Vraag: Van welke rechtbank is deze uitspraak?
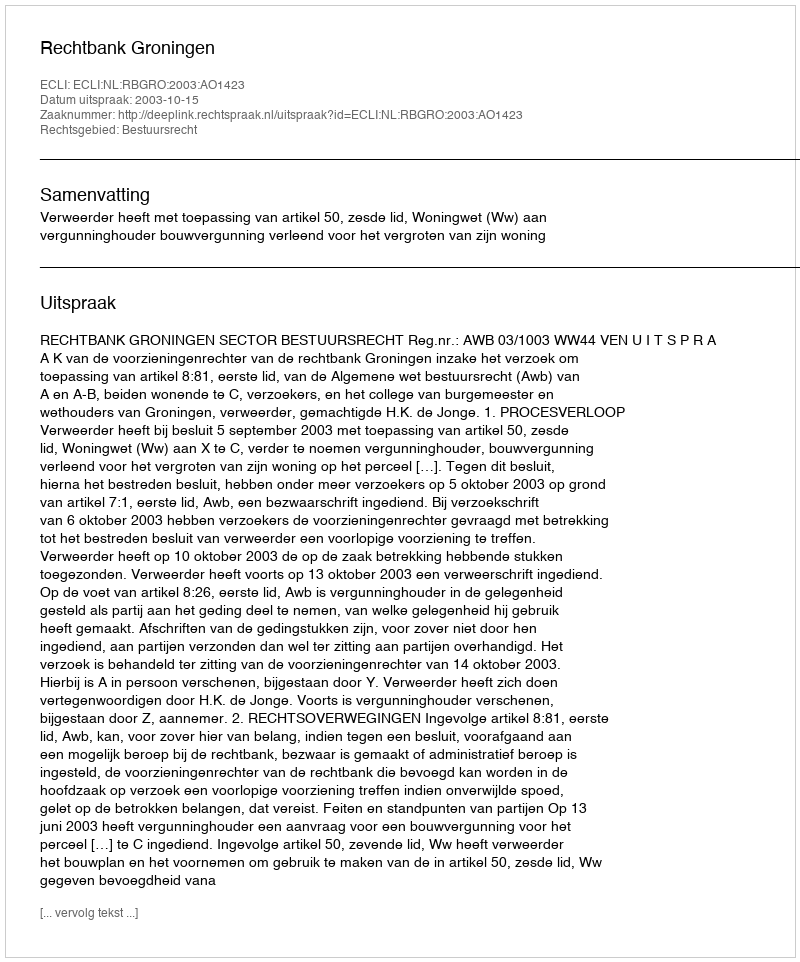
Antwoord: Rechtbank Groningen